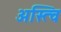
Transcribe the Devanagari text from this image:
अस्त्वि